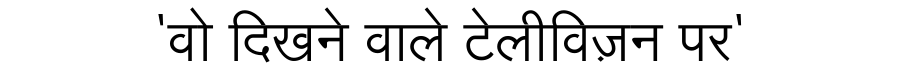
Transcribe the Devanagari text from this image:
'वो दिखने वाले टेलीविज़न पर'